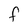
Character: f